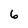
Character: 6